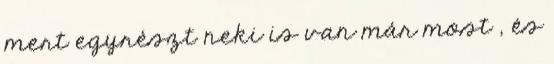
mert egyrészt neki is van már most , és